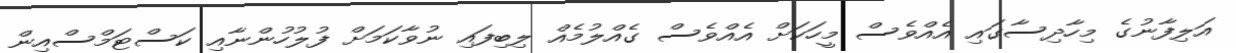
އަލިފާނުގެ މިހާދިސާގައި އެއްވެސް މީހަކަށް އެއްވެސް ގެއްލުމެއް ލިބިފައި ނުވާކަމަށް ފުލުހުންނާއި ކަސްޓަމްސްއިން